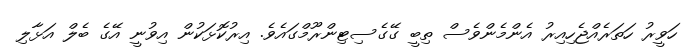
ހަވީރު ހަތަރެއްޖެހިއިރު އެންމެންވެސް ތިބީ ގޭގެސިޓިންރޫމްގައެވެ. އިރުކޮޅަކުން އިވުނީ އޭގެ ބެލް އަޅާލި